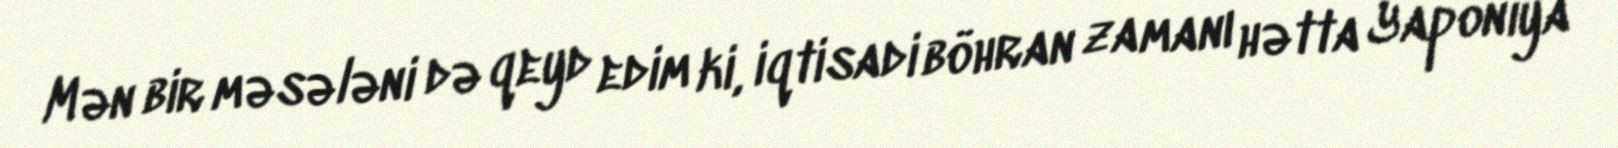
Mən bir məsələni də qeyd edim ki, iqtisadi böhran zamanı hətta Yaponiya